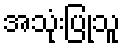
အသုံးပြုသူ